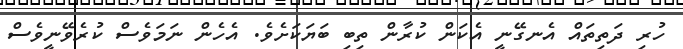
ހުރި ދަތިތައް އެނގޭނީ އެކަން ކުރާން ތިބި ބަޔަކަށެވެ. އެހެން ނަމަވެސް ކުރެވޭނީވެސް